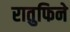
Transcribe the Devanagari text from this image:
रातुफिने